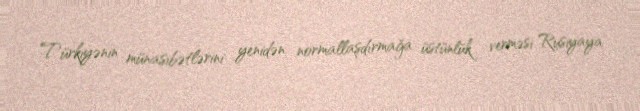
Türkiyənin münasibətlərini yenidən normallaşdırmağa üstünlük verməsi Rusiyaya